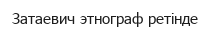
Затаевич этнограф ретінде